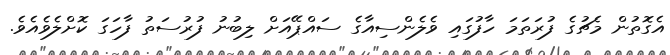
އެގޮތުން މެޗުގެ ފުރަތަމަ ހާފުގައި ވެލެންސިއާގެ ސައްޕޭއަށް ލިބުނު ފުރުސަތު ފާހަގަ ކޮށްލެވެއެވެ.